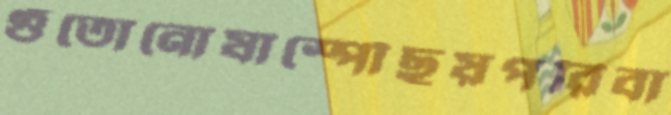
গুঁতোনোযাস্পৌঁছয়পরিবা